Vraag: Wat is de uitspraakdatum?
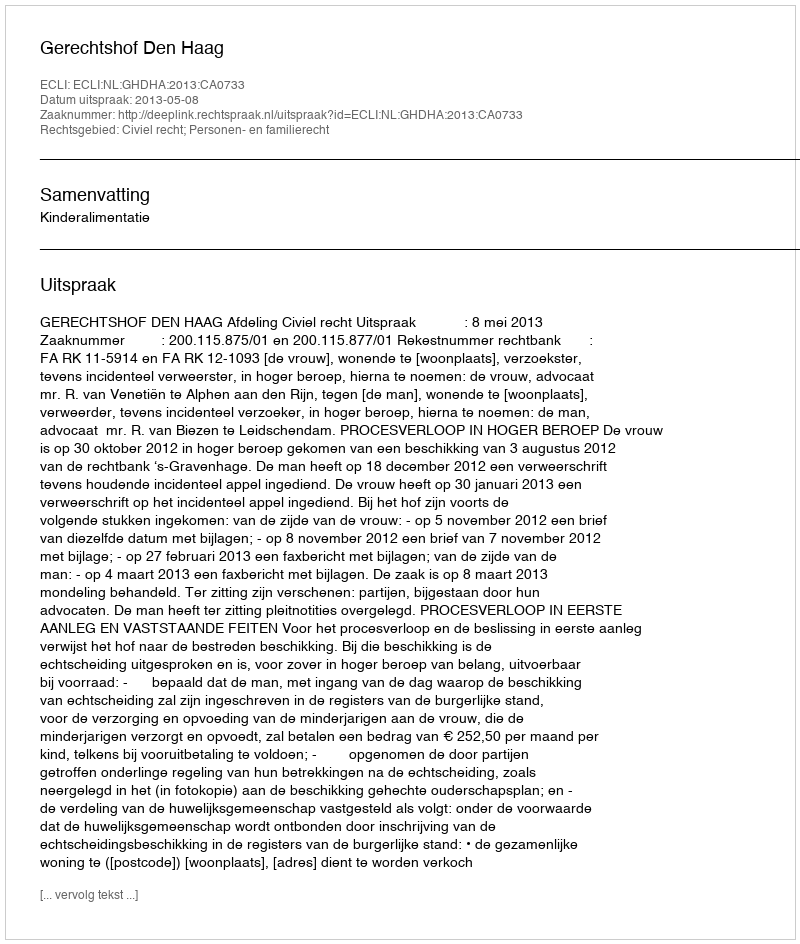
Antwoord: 2013-05-08